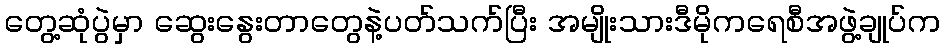
တွေ့ဆုံပွဲမှာ ဆွေးနွေးတာတွေနဲ့ပတ်သက်ပြီး အမျိုးသားဒီမိုကရေစီအဖွဲ့ချုပ်က